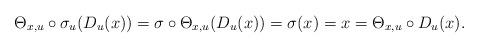
LaTeX: \begin{align*}\Theta_{x,u} \circ \sigma_{u} (D_{u}(x)) = \sigma \circ \Theta_{x,u}( D_{u}(x) ) = \sigma (x) = x = \Theta_{x,u} \circ D_{u}(x).\end{align*}